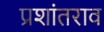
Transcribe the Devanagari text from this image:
प्रशांतराव